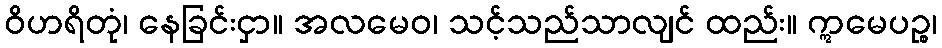
ဝိဟရိတုံ၊ နေခြင်းငှာ။ အလမေဝ၊ သင့်သည်သာလျင် ထည်း။ ဣမေပဉ္စ၊